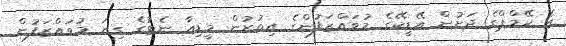
އެ ކޭމްޕްގެ ދަށުން އޭޑީކޭގެ މުވައްޒަފުންގެ އިތުރުން މީޑިއާ ނެޓުގެ ގިނަ މުވައްޒަފުން